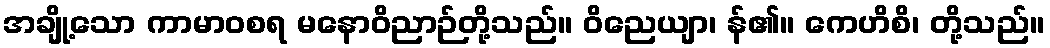
အချို့သော ကာမာဝစရ မနောဝိညာဉ်တို့သည်။ ဝိညေယျာ၊ န်၏။ ကေဟိစိ၊ တို့သည်။